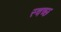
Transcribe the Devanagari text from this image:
स्चच्छ